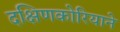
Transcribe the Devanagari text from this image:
दक्षिणकोरियाने